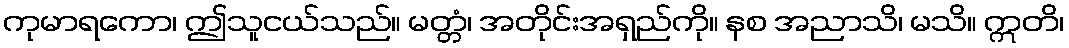
ကုမာရကော၊ ဤသူငယ်သည်။ မတ္တံ၊ အတိုင်းအရှည်ကို။ နစ အညာသိ၊ မသိ။ ဣတိ၊